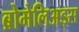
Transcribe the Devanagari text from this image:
ब्रोमेलिअड्स